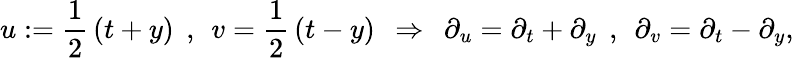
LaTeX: u:=\frac{1}{2}\, (t+y)\: \: ,\: \: v=\frac{1}{2}\, (t-y)\: \: \Rightarrow\: \: \partial_{u}=\partial_{t}+\partial_{y}\: \: ,\: \: \partial_{v}=\partial_{t}-\partial_{y},